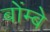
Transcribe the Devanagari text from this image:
बोंम्बे